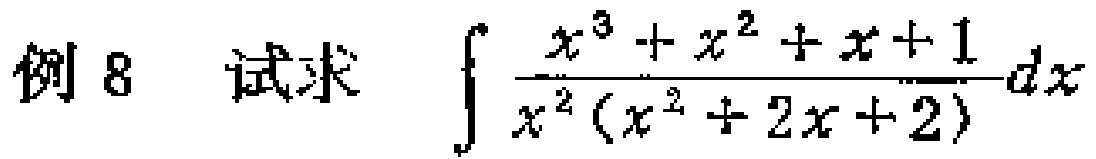
例8 试求 $\int \frac{x^{3}+x^{2}+x + 1}{x^{2}(x^{2}+2x + 2)}dx$